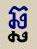
ឆ្ឆ